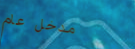
مدخل عام